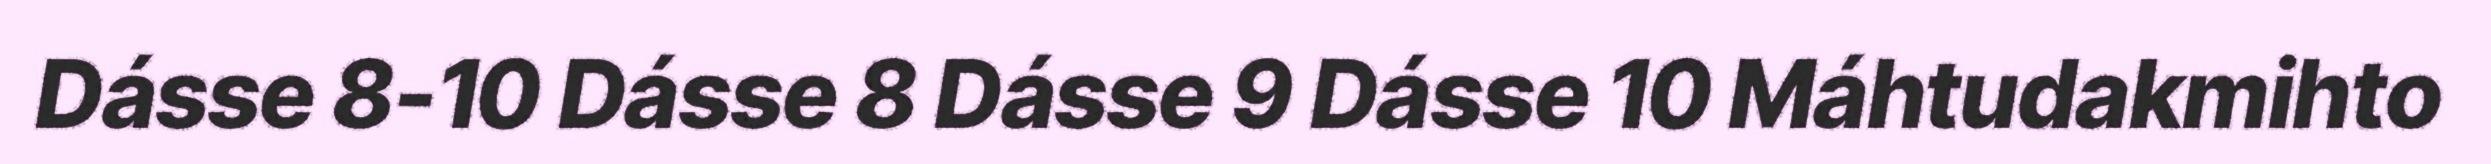
Dásse 8-10 Dásse 8 Dásse 9 Dásse 10 Máhtudakmihto